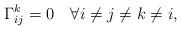
LaTeX: \begin{align*} \Gamma^k_{ij}=0 \quad\forall i\neq j\neq k\neq i, \end{align*}